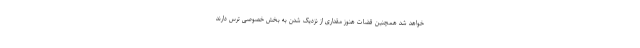
خواهد شد همچنین قضات هنوز مقداری از نزدیک شدن به بخش خصوصی ترس دارند